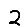
Digit: 2